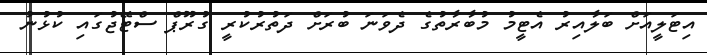
އިޓަލީއަށް ބަލާއިރު އެޓީމު މުބާރާތުގެ ދެވަނަ ބުރަށް ދަތުރުކުރީ ގުރޫޕް ސްޓޭޖުގައި ކުޅުނު